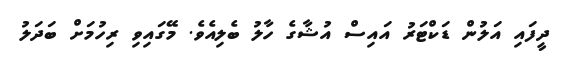
ދީފައި އަލުން ޑަކްޓަރު އައިސް އުޝާގެ ހާލު ބެލިއެވެ. މޭގައިވި ރިހުމަށް ބަދަލު